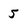
Character: 5